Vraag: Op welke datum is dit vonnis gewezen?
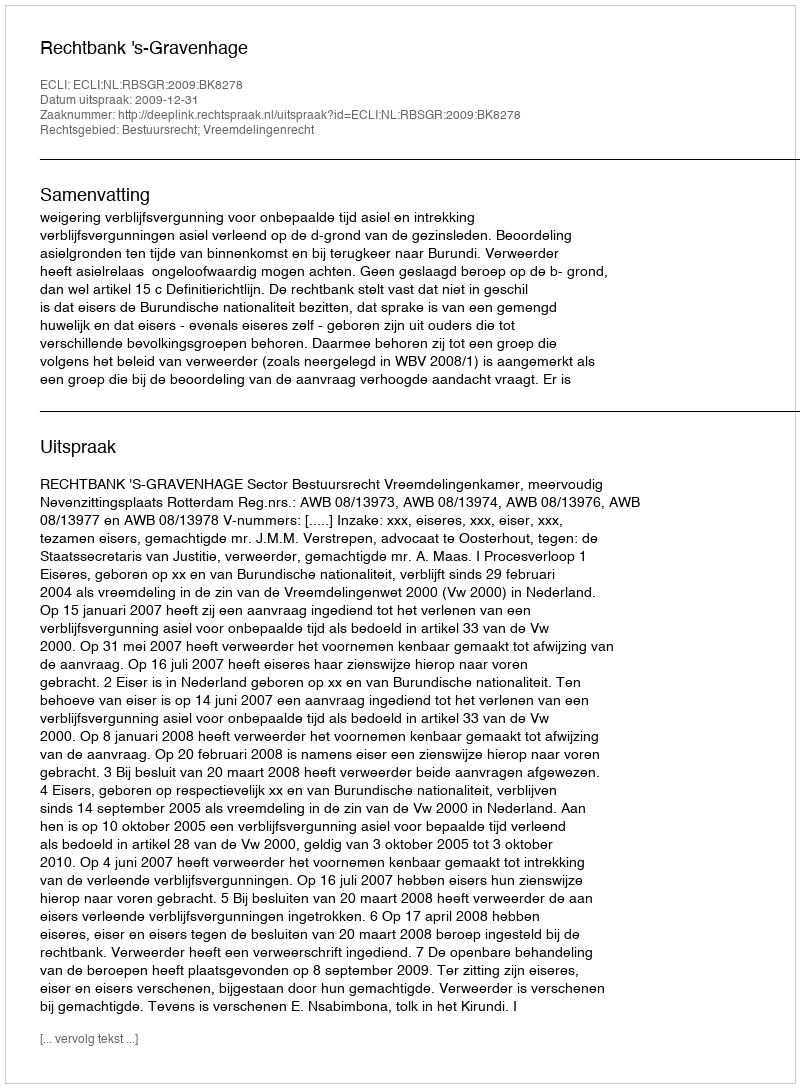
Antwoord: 2009-12-31